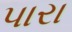
પારા